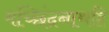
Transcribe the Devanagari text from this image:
मच्छिंद्रनाथहि